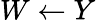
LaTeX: W\leftarrow Y